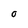
Character: O